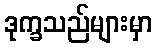
ဒုက္ခသည်များမှာ